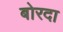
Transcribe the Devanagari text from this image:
बोरदा